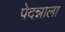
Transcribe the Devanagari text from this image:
पेदन्नाला